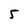
Character: 5